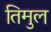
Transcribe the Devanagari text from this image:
तिमुल